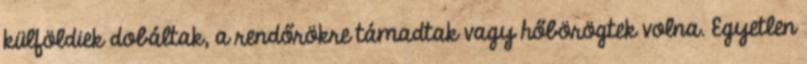
külföldiek dobáltak, a rendőrökre támadtak vagy hőbörögtek volna. Egyetlen